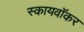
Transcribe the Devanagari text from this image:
स्कायवॉकर